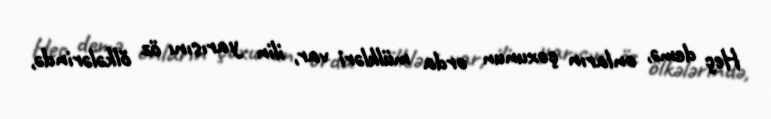
Heç demə, onların çoxunun orda mülkləri var, ilin yarısını öz ölkələrində,